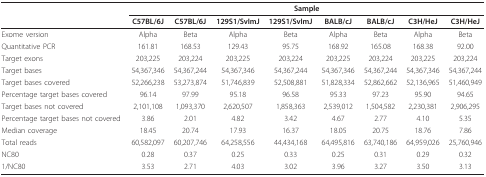
<table><thead><tr><td></td><td colspan="8"><b>Sample</b></td></tr><tr><td></td><td><b>C57BL/6J</b></td><td><b>C57BL/6J</b></td><td><b>129S1/SvImJ</b></td><td><b>129S1/SvImJ</b></td><td><b>BALB/cJ</b></td><td><b>BALB/cJ</b></td><td><b>C3H/HeJ</b></td><td><b>C3H/HeJ</b></td></tr></thead><tbody><tr><td>Exome version</td><td>Alpha</td><td>Beta</td><td>Alpha</td><td>Beta</td><td>Alpha</td><td>Beta</td><td>Alpha</td><td>Beta</td></tr><tr><td>Quantitative PCR</td><td>161.81</td><td>168.53</td><td>129.43</td><td>95.75</td><td>168.92</td><td>165.08</td><td>168.38</td><td>92.00</td></tr><tr><td>Target exons</td><td>203,225</td><td>203,224</td><td>203,225</td><td>203,224</td><td>203,225</td><td>203,224</td><td>203,225</td><td>203,224</td></tr><tr><td>Target bases</td><td>54,367,346</td><td>54,367,244</td><td>54,367,346</td><td>54,367,244</td><td>54,367,346</td><td>54,367,244</td><td>54,367,346</td><td>54,367,244</td></tr><tr><td>Target bases covered</td><td>52,266,238</td><td>53,273,874</td><td>51,746,839</td><td>52,508,881</td><td>51,828,334</td><td>52,862,662</td><td>52,136,965</td><td>51,460,949</td></tr><tr><td>Percentage target bases covered</td><td>96.14</td><td>97.99</td><td>95.18</td><td>96.58</td><td>95.33</td><td>97.23</td><td>95.90</td><td>94.65</td></tr><tr><td>Target bases not covered</td><td>2,101,108</td><td>1,093,370</td><td>2,620,507</td><td>1,858,363</td><td>2,539,012</td><td>1,504,582</td><td>2,230,381</td><td>2,906,295</td></tr><tr><td>Percentage target bases not covered</td><td>3.86</td><td>2.01</td><td>4.82</td><td>3.42</td><td>4.67</td><td>2.77</td><td>4.10</td><td>5.35</td></tr><tr><td>Median coverage</td><td>18.45</td><td>20.74</td><td>17.93</td><td>16.37</td><td>18.05</td><td>20.75</td><td>18.76</td><td>7.86</td></tr><tr><td>Total reads</td><td>60,582,097</td><td>60,207,746</td><td>64,258,556</td><td>44,434,168</td><td>64,495,816</td><td>63,740,186</td><td>64,959,026</td><td>25,760,946</td></tr><tr><td>NC80</td><td>0.28</td><td>0.37</td><td>0.25</td><td>0.33</td><td>0.25</td><td>0.31</td><td>0.29</td><td>0.32</td></tr><tr><td>1/NC80</td><td>3.53</td><td>2.71</td><td>4.03</td><td>3.02</td><td>3.96</td><td>3.27</td><td>3.50</td><td>3.13</td></tr></tbody></table>